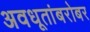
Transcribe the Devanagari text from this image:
अवधूतांबरोबर